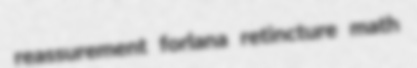
reassurement forlana retincture math